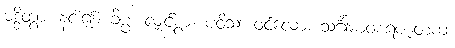
မဒ္ဒိတွာ၊ နင်း၍။ ခိပ္ပံ၊ လျှင်စွာ။ ပဝိသ၊ ဝင်လော။ သင်္ဂါမာဝစရဇာတကံ၊